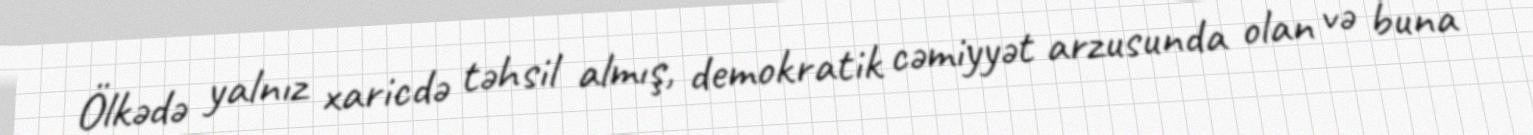
Ölkədə yalnız xaricdə təhsil almış, demokratik cəmiyyət arzusunda olan və buna